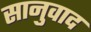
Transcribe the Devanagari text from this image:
सानुवाद